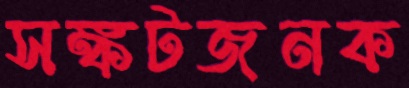
সঙ্কটজনক